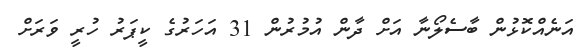
އަނެއްކޮޅުން ބާސެލޯނާ އަށް ދާން އުމުރުން 31 އަހަރުގެ ކީޕަރު ހުރީ ވަރަށް